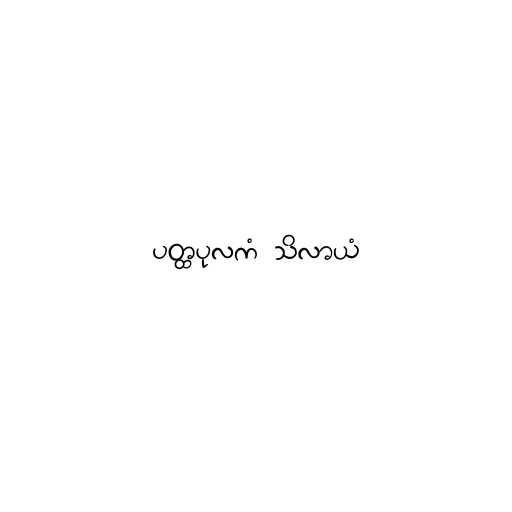
ပတ္ထပုလကံ သိလာယံ